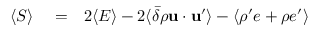
\begin{array} { r l r } { \langle { \cal S } \rangle } & { { } = } & { 2 \langle E \rangle - 2 \langle \bar { \delta } \rho { \bf u } \cdot { \bf u } ^ { \prime } \rangle - \langle \rho ^ { \prime } e + \rho e ^ { \prime } \rangle } \end{array}